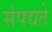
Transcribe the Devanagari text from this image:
संपद्यते